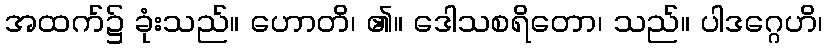
အထက်၌ ခုံးသည်။ ဟောတိ၊ ၏။ ဒေါသစရိတော၊ သည်။ ပါဒဂ္ဂေဟိ၊